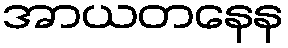
အာယတနေန